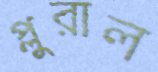
প্লুরাল